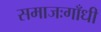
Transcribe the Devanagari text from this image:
समाजःगाँधी